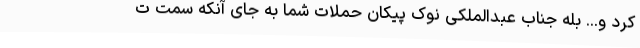
کرد و... بله جناب عبدالملکی نوک پیکان حملات شما به جای آنکه سمت ت